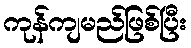
ကုန်ကျမည်ဖြစ်ပြီး